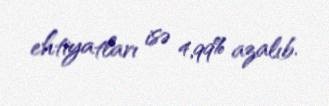
ehtiyatları isə 4,99% azalıb.